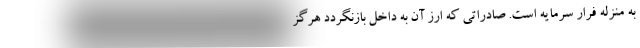
به منزله فرار سرمایه است. صادراتی که ارز آن به داخل بازنگردد هرگز